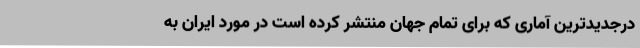
درجدیدترین آماری که برای تمام جهان منتشر کرده است در مورد ایران به